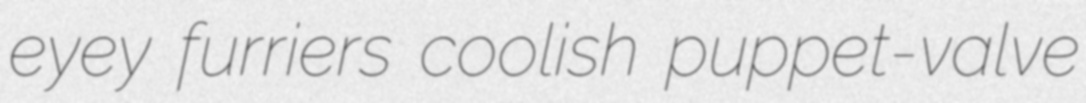
eyey furriers coolish puppet-valve